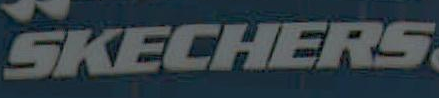
SKECHERS